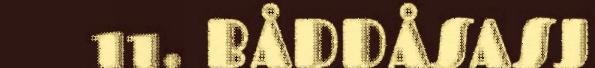
11. BÅDDÅSASJ